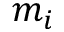
m _ { i }